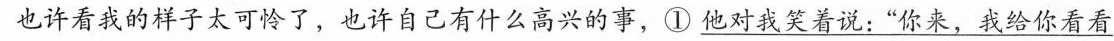
也许看我的样子太可怜了，也许自己有什么高兴的事，①\underline{他对我笑着说：”你来，我给你看看}